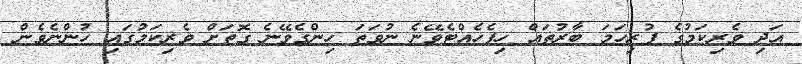
އަދި ވެރިކަމުގެ ފުރިހަމަ ބާރުތައް ހިފެހެއްޓެވޭނެ ނުވަތަ ހިންގެވޭނެ ގޮތަށް ވެރިކަމުގައި ހުންނެވެން